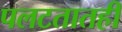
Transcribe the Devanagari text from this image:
पलटतातही